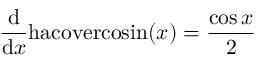
{ \frac { \mathrm { d } } { \mathrm { d } x } } \mathrm { h a c o v e r c o s i n } ( x ) = { \frac { \cos { x } } { 2 } }